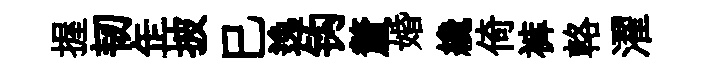
握韧𦈢披巳逸钩釐婚纔倚裤輅濯